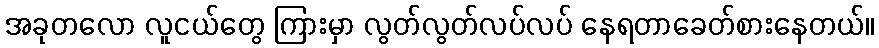
အခုတလော လူငယ်တွေ ကြားမှာ လွတ်လွတ်လပ်လပ် နေရတာခေတ်စားနေတယ်။